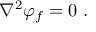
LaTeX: \nabla ^ { 2 } \varphi _ { f } = 0 \ .